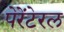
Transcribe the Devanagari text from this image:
पेरेंटेरल